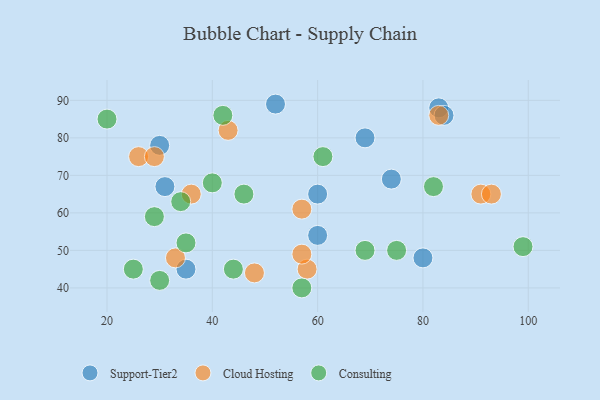
{"axis": {"x": "GDP", "y": "Life Expectancy"}, "legend": ["Cloud Hosting", "Consulting", "Support-Tier2"], "data": [{"x": "80", "y": 48, "type": "Support-Tier2"}, {"x": "31", "y": 67, "type": "Support-Tier2"}, {"x": "60", "y": 65, "type": "Support-Tier2"}, {"x": "83", "y": 88, "type": "Support-Tier2"}, {"x": "35", "y": 45, "type": "Support-Tier2"}, {"x": "69", "y": 80, "type": "Support-Tier2"}, {"x": "74", "y": 69, "type": "Support-Tier2"}, {"x": "52", "y": 89, "type": "Support-Tier2"}, {"x": "30", "y": 78, "type": "Support-Tier2"}, {"x": "60", "y": 54, "type": "Support-Tier2"}, {"x": "84", "y": 86, "type": "Support-Tier2"}, {"x": "36", "y": 65, "type": "Cloud Hosting"}, {"x": "91", "y": 65, "type": "Cloud Hosting"}, {"x": "93", "y": 65, "type": "Cloud Hosting"}, {"x": "33", "y": 48, "type": "Cloud Hosting"}, {"x": "26", "y": 75, "type": "Cloud Hosting"}, {"x": "58", "y": 45, "type": "Cloud Hosting"}, {"x": "29", "y": 75, "type": "Cloud Hosting"}, {"x": "43", "y": 82, "type": "Cloud Hosting"}, {"x": "57", "y": 61, "type": "Cloud Hosting"}, {"x": "83", "y": 86, "type": "Cloud Hosting"}, {"x": "48", "y": 44, "type": "Cloud Hosting"}, {"x": "57", "y": 49, "type": "Cloud Hosting"}, {"x": "40", "y": 68, "type": "Consulting"}, {"x": "44", "y": 45, "type": "Consulting"}, {"x": "46", "y": 65, "type": "Consulting"}, {"x": "69", "y": 50, "type": "Consulting"}, {"x": "34", "y": 63, "type": "Consulting"}, {"x": "42", "y": 86, "type": "Consulting"}, {"x": "20", "y": 85, "type": "Consulting"}, {"x": "82", "y": 67, "type": "Consulting"}, {"x": "30", "y": 42, "type": "Consulting"}, {"x": "99", "y": 51, "type": "Consulting"}, {"x": "57", "y": 40, "type": "Consulting"}, {"x": "29", "y": 59, "type": "Consulting"}, {"x": "25", "y": 45, "type": "Consulting"}, {"x": "61", "y": 75, "type": "Consulting"}, {"x": "35", "y": 52, "type": "Consulting"}, {"x": "75", "y": 50, "type": "Consulting"}]}